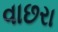
વાછરા